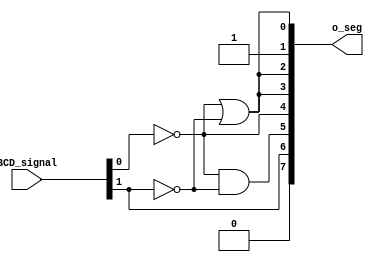
//: 
//: Vending Machine
// :     Finite State Machine (Moore)  
//:  3   7-Segment Decoder  LED 

module Segment_Decoder(
    BCD_signal  ,
    o_seg            
);

input [1:0]         BCD_signal  ;

output [7:0]        o_seg       ;

//Combinational logic  output  (Karno map )
assign o_seg[0] = ~BCD_signal[0] | ~BCD_signal[1];
assign o_seg[1] = 1;
assign o_seg[2] = ~BCD_signal[0] | (~BCD_signal[1]);
assign o_seg[3] = (~BCD_signal[0]) | ~BCD_signal[1];
assign o_seg[4] = ~BCD_signal[0];
assign o_seg[5] = (~BCD_signal[0]) & (~BCD_signal[1]);
assign o_seg[6] = BCD_signal[1];
assign o_seg[7] = 0;

endmodule